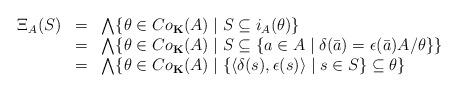
LaTeX: \begin{align*}\begin{array}{rcl}\Xi_A(S) &=& \bigwedge \{ \theta \in Co_{\bf K}(A) \mid S \subseteq i_A(\theta) \} \\ &=& \bigwedge \{ \theta \in Co_{\bf K}(A) \mid S \subseteq \{a \in A \mid \delta(\bar{a})=\epsilon(\bar{a}) A/\theta \} \} \\&=& \bigwedge \{ \theta \in Co_{\bf K}(A) \mid \{ \langle \delta(s), \epsilon(s)\rangle \mid s \in S \} \subseteq \theta\} \end{array}\end{align*}